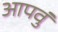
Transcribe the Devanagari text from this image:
आपवुं